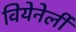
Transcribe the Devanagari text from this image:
वियेनेर्ली